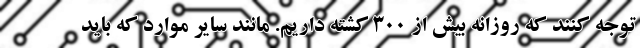
توجه کنند که روزانه بیش از ۳۰۰ کشته داریم. مانند سایر موارد که باید